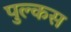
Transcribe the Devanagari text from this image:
पुल्कस